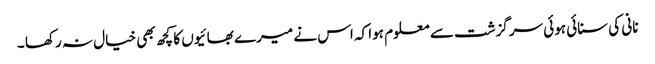
نانی کی سنائی ہوئی سرگزشت سے معلوم ہوا کہ اس نے میرے بھائیوں کا کچھ بھی خیال نہ رکھا ۔